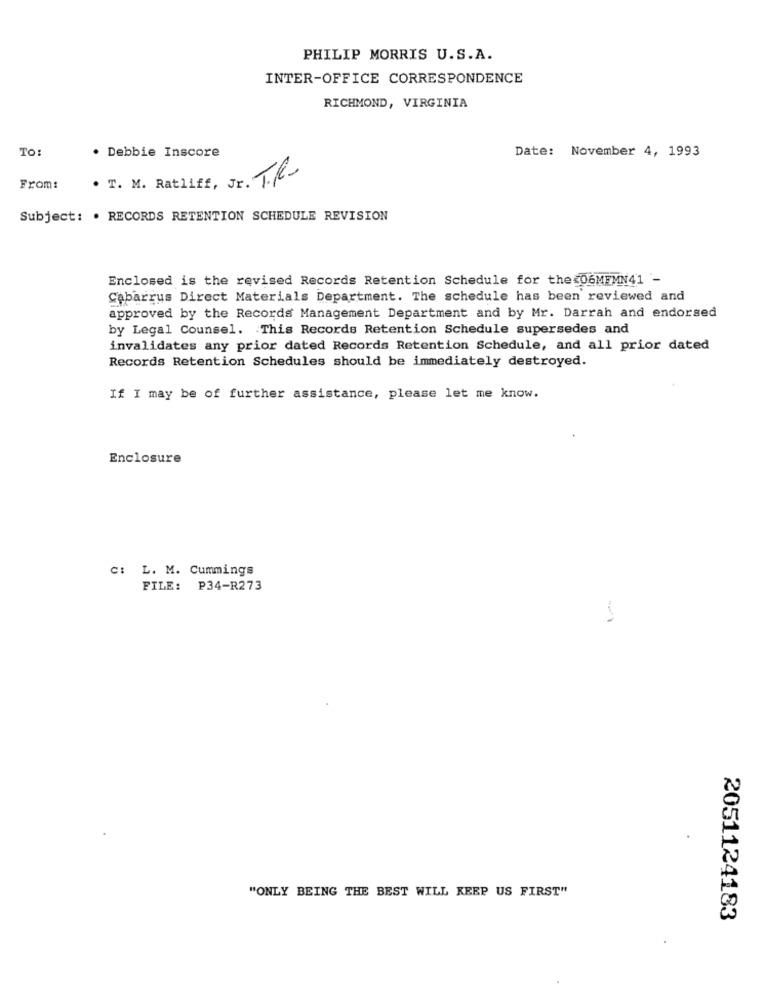
PHILIP MORRIS U.S.A.
INTER-OFFICE CORRESPONDENCE
RICHMOND, VIRGINIA
To:
. Debbie Inscore
Date: November 4, 1993
· T. M. Ratliff, Jr. The
From:
Subject: . RECORDS RETENTION SCHEDULE REVISION
Enclosed is the revised Records Retention Schedule for the 06MEMN41 -
Cabarrus Direct Materials Department. The schedule has been reviewed and
approved by the Records Management Department and by Mr. Darrah and endorsed
by Legal Counsel. This Records Retention Schedule supersedes and
invalidates any prior dated Records Retention Schedule, and all prior dated
Records Retention Schedules should be immediately destroyed.
If I may be of further assistance, please let me know.
Enclosure
C: L. M. Cummings
FILE: P34-R273
"ONLY BEING THE BEST WILL KEEP US FIRST"
2051124183